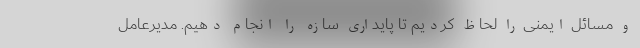
و مسائل ایمنی را لحاظ کردیم تا پایداری سازه را انجام دهیم. مدیرعامل